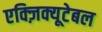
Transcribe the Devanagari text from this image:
एक्ज़िक्यूटेबल